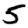
Digit: 5